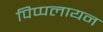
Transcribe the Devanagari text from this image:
पिप्पलायन